Riigikantselei, lk 285
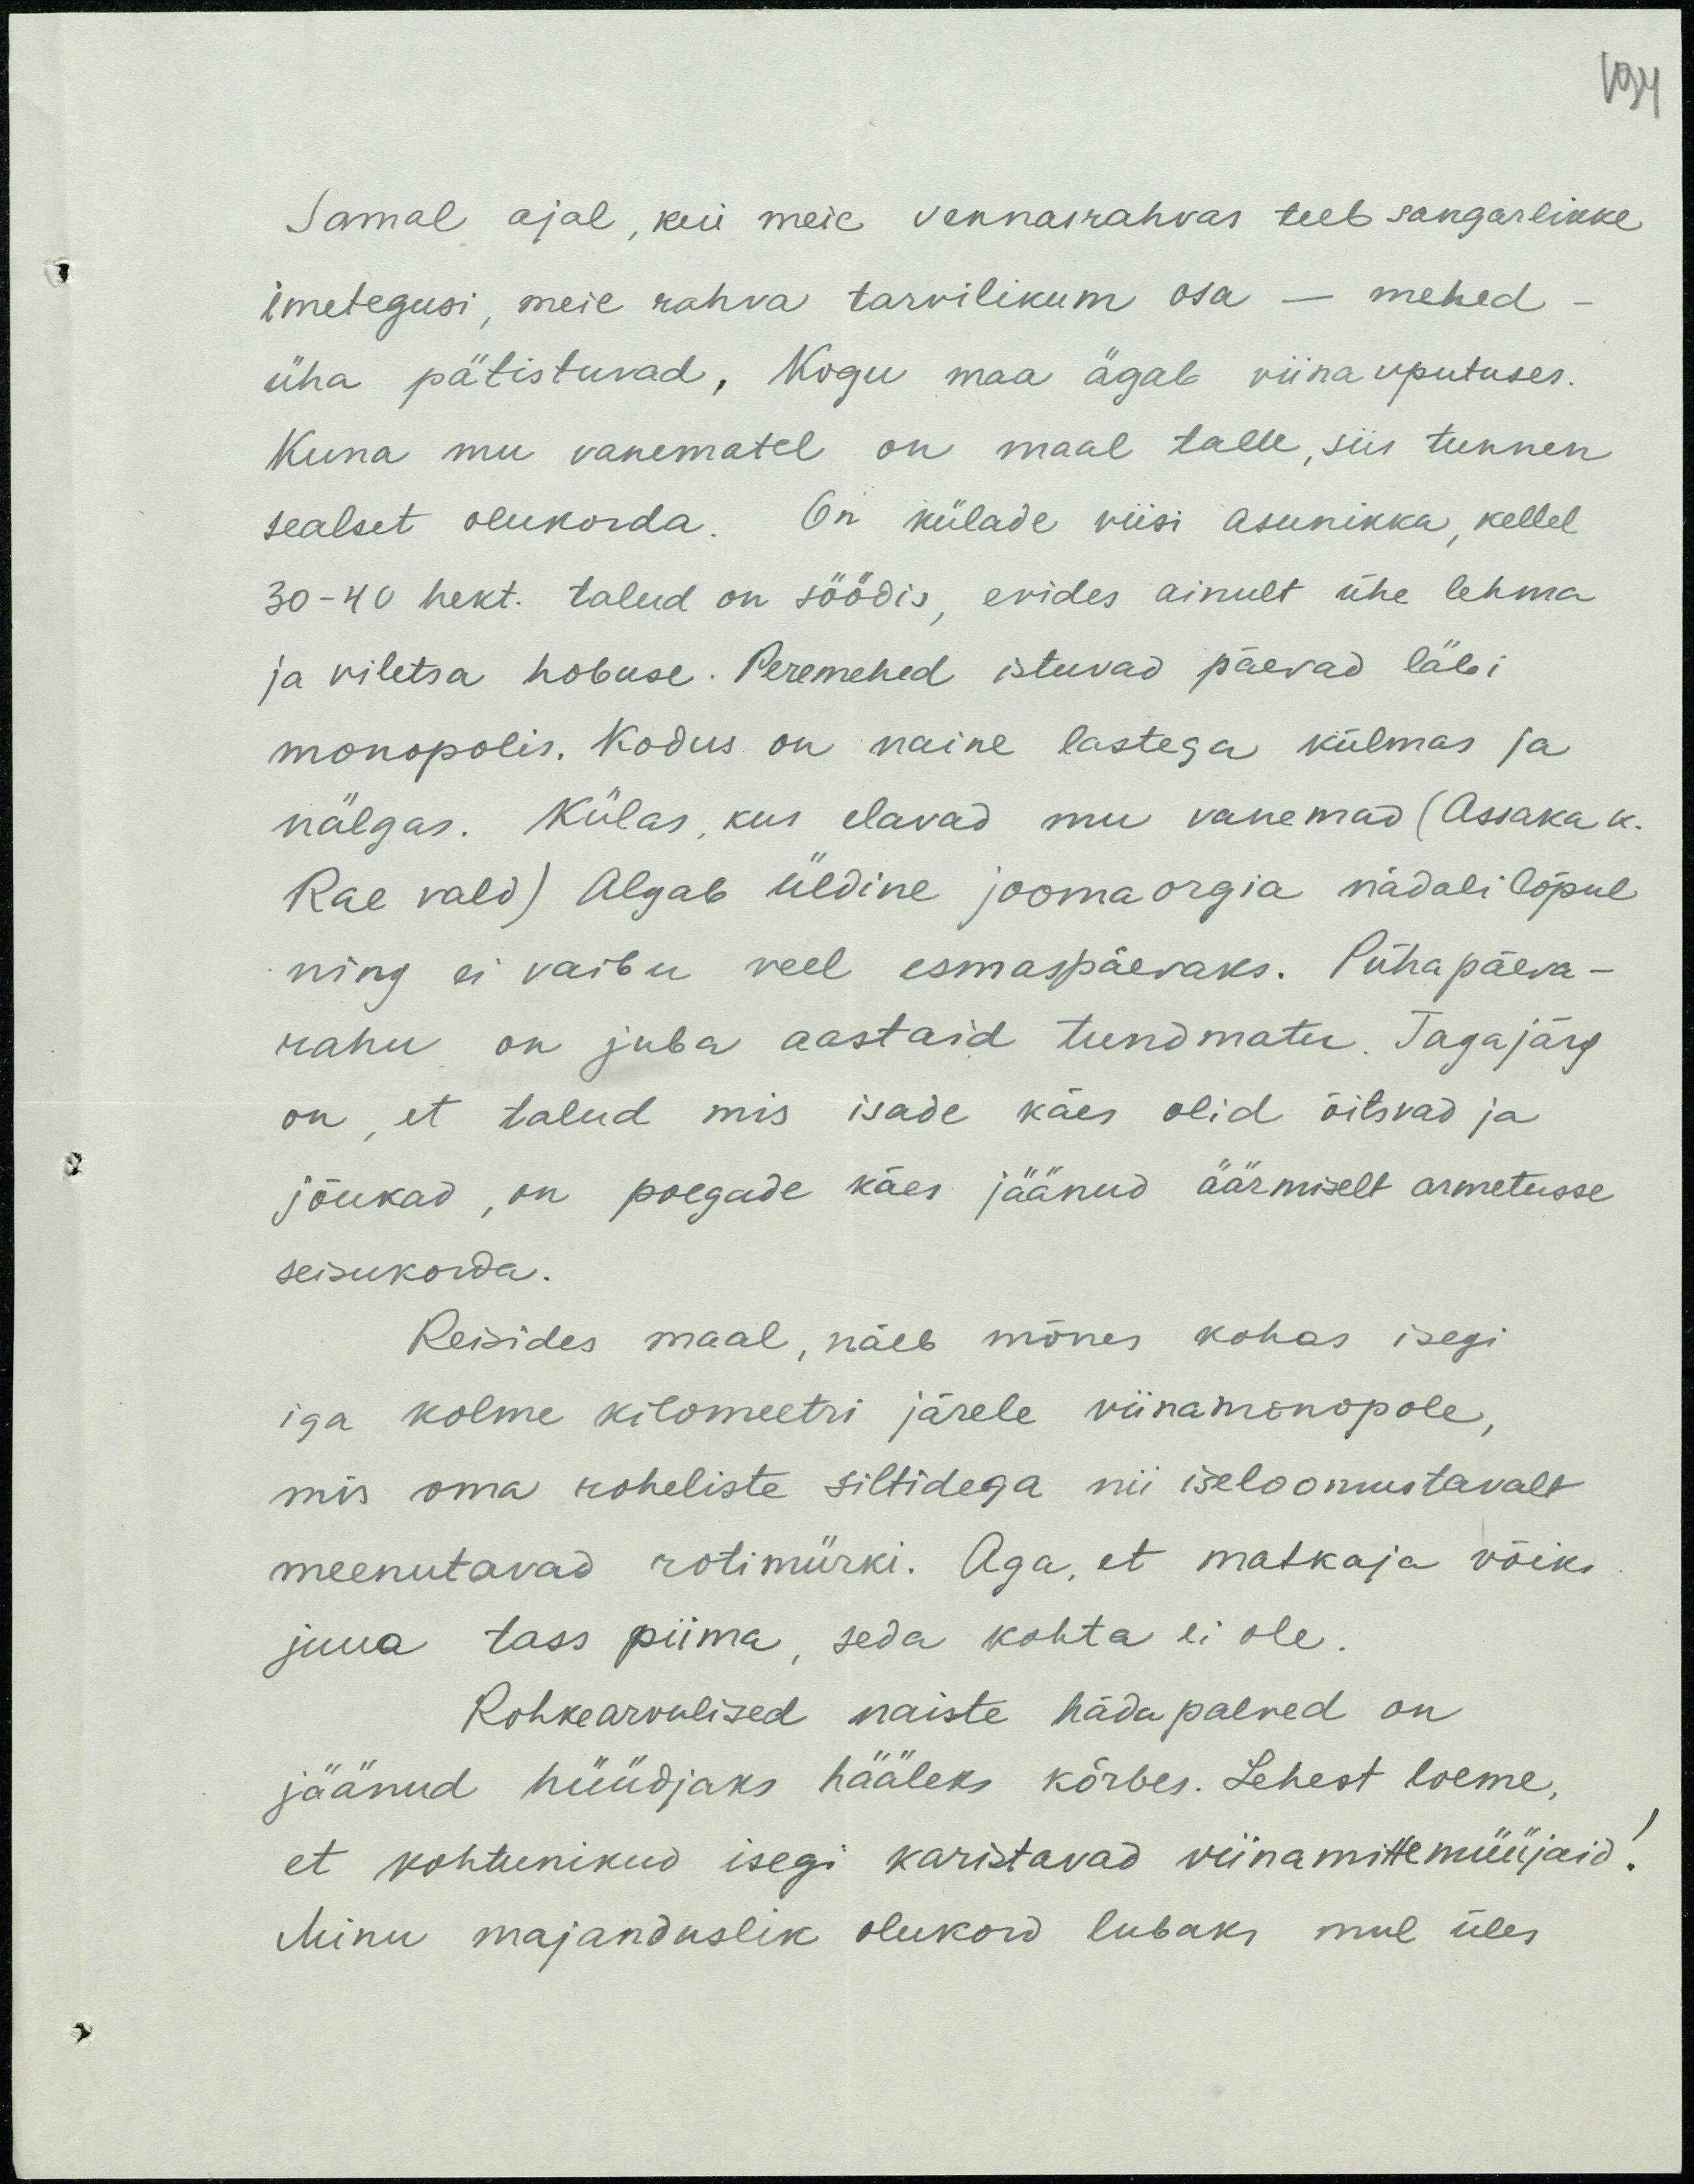
Samal ajal, kui meie vennasrahvas teeb sangarlikke
imetegusi, meie rahva tarvilikum osa – mehed –
üha pätistuvad, Kogu maa ägab viinauputuses.
Kuna mu vanematel on maal talu, siis tunnen
sealset olukorda. On külade viisi asunikka, kellel
30-40 hekt. talud on söödis, evides ainult ühe lehma
ja viletsa hobuse. Peremehed istuvad päevad läbi
monopolis. Kodus on naine lastega külmas ja
nälgas. Külas, kus elavad mu vanemad (Assaku k.
Rae vald) algab üldine joomaorgia nädali lõpul
ning ei vaibu veel esmaspäevaks. Pühapäeva-
rahu on juba aastaid tundmatu. Tagajärg
on, et talud mis isade käes olid õitsvad ja
jõukad, on poegade käes jäänud äärmiselt armetusse
seisukorda.
Reisides maal, näeb mõnes kohas isegi
iga kolme kilomeetri järele viinamonopole,
mis oma roheliste siltidega nii iseloomustavalt
meenutavad rotimürki. Aga, et matkaja võiks
juua tass piima, seda kohta ei ole.
Rohkearvulised naiste hädapalved on
jäänud hüüdjaks hääleks kõrbes. Lehest loeme,
et kohtunikud isegi karistavad viinamittemüüjaid!
Minu majanduslik olukord lubaks mul üles